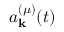
a _ { \mathbf { k } } ^ { ( \mu ) } ( t )